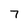
Character: 7